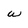
Character: w